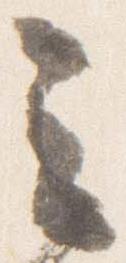
之